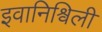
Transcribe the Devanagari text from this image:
इवानिश्विली